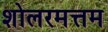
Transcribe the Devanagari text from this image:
शोलरमत्तम